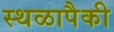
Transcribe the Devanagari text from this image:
स्थळापैकी